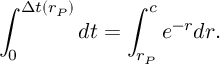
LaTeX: \int _ { 0 } ^ { \Delta t ( r _ { P } ) } d t = \int _ { r _ { P } } ^ { c } e ^ { - r } d r .